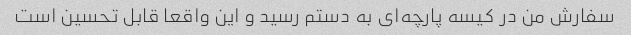
سفارش من در کیسه پارچه‌ای به دستم رسید و این واقعا قابل تحسین است